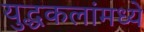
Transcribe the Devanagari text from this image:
युद्धकलांमध्ये